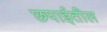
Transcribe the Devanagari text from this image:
छपाईतील